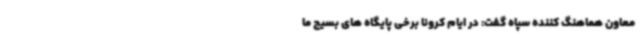
معاون هماهنگ کننده سپاه گفت: در ایام کرونا برخی پایگاه های بسیج ما